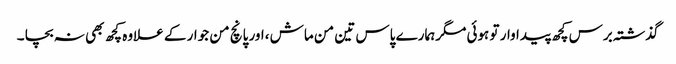
گذشتہ برس کچھ پیداوار تو ہوئی مگرہمارے پاس تین من ماش ،اور پانچ من جوار کے علاوہ کچھ بھی نہ بچا ۔